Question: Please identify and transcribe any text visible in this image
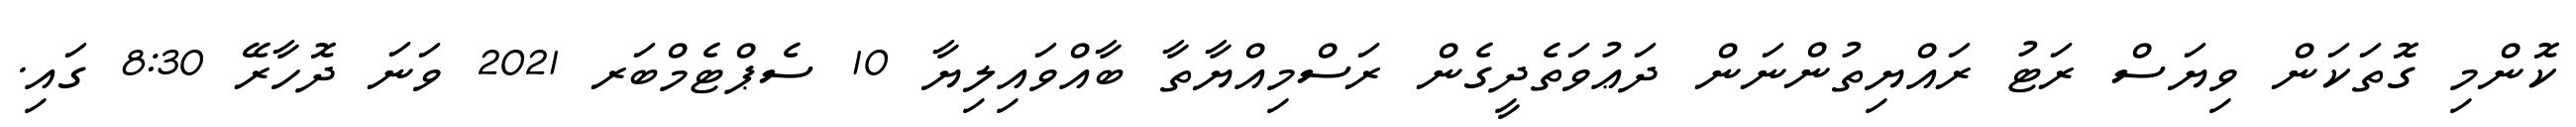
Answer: ކޮންމި ގޮތަކަން ވިޔަސް ރަޓު ރައްޔިތުންނަން ދަޢުވަތެދީގެން ރަސްމިއްޔާތާ ބާއްވައިލިޔާ 10 ސެޕްޓެމްބަރ 2021 ވަނަ ދޮހާރޭ 8:30 ގައި.